Leaving Certificate Examination (including Day School Certificate (Higher) General paper), 1930
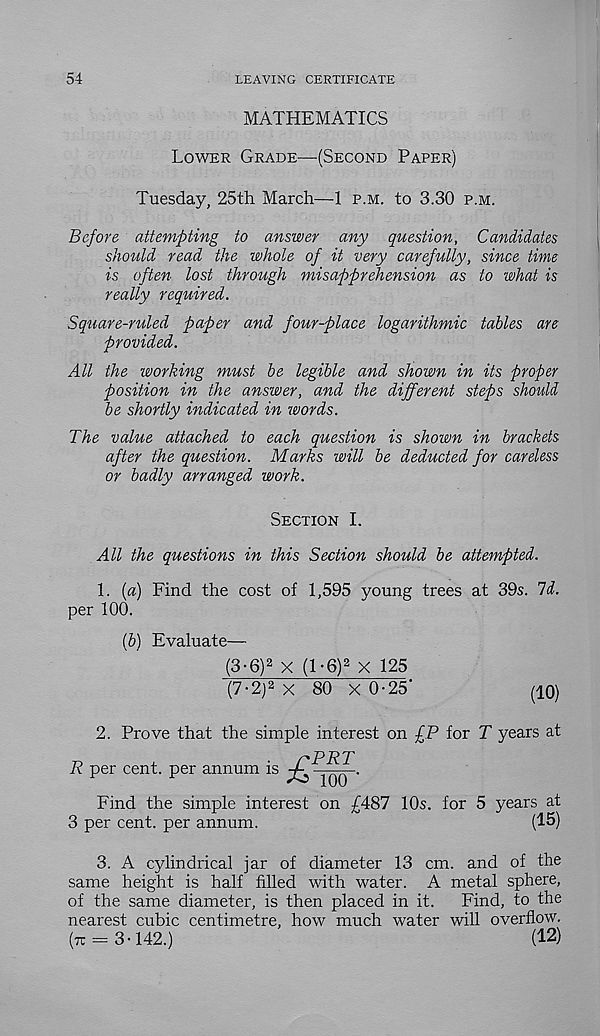
54
LEAVING CERTIFICATE
MATHEMATICS
Lower Grade—(Second Paper)
Tuesday, 25th March—1 p.m. to 3.30 p.m.
Before attempting to answer any question. Candidates
should read the whole of it very carefully, since time
is often lost through misapprehension as to what is
really required.
Sqtiare-ruled paper and four-place logarithmic tables are
provided.
All the working must be legible and shown in its proper
position in the answer, and the different steps should
be shortly indicated in words.
The value attached to each question is shown in brackets
after the question. Marks will be deducted for careless
or badly arranged work.
Section I.
All the questions in this Section should be attempted.
1. {a) Find the cost of 1,595 young trees at 39s. Id.
per 100.
(6) Evaluate—
(3-6) 2 x (1 -6) 2 x 125
(7-2) 2 x 80 x 0-25’
(10)
2. Prove that the simple interest on £P for T years at
Find the simple interest on £487 10s. for 5 years at
3 per cent, per annum.
(15)
3. A cylindrical jar of diameter 13 cm. and of the
same height is half filled with water. A metal sphere,
of the same diameter, is then placed in it.
Find, to the
nearest cubic centimetre, how much water will overflow.
(tt = 3-142.)
(12)